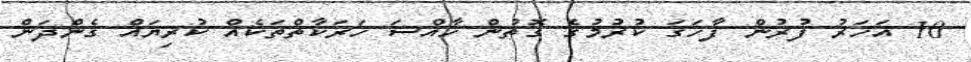
10 އަހަރު ފުރުން ފާހަގަ ކުރުމުގެ ގޮތުން ހާއްސަ ހަރަކާތްތަކެއް ކުރިޔައް ގެންދަން